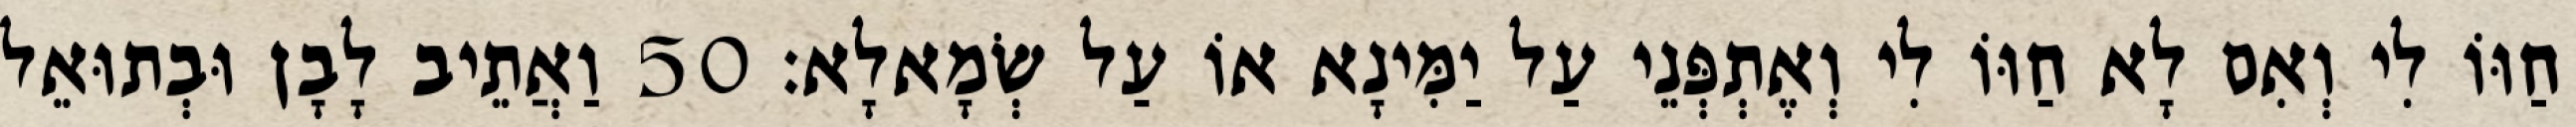
חַוּוֹ לִי וְאִם לָא חַוּוֹ לִי וְאֶתְפְּנֵי עַל יַמִּינָא אוֹ עַל שְׂמָאלָא׃ 50 וַאֲתֵיב לָבָן וּבְתוּאֵל